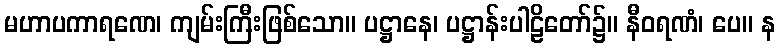
မဟာပကာရဏေ၊ ကျမ်းကြီးဖြစ်သော။ ပဋ္ဌာနေ၊ ပဋ္ဌာန်းပါဠိတော်၌။ နီဝရဏံ၊ ပေ။ န